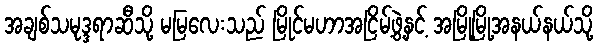
အချစ်သမုဒ္ဒရာဆီသို့ မမြလေးသည် မြိုင်မဟာအငြိမ့်ဖွဲ့နှင့် အမြို့မြို့အနယ်နယ်သို့